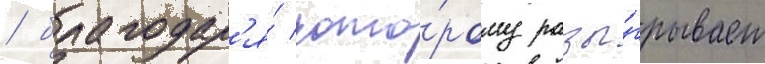
/ благодар'я́ кото́рому разы́грывает